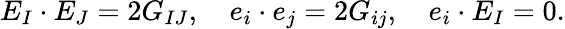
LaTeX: E_{I}\cdot E_{J}=2G_{IJ},\ \ \ \ e_{i}\cdot e_{j}=2G_{ij},\ \ \ \ e_{i}\cdot E_{I}=0.